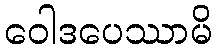
ဝေါဒပေဿာမိ